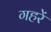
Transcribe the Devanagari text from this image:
गहरें